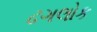
ઢગલોક